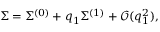
\Sigma = \Sigma ^ { ( 0 ) } + q _ { 1 } \Sigma ^ { ( 1 ) } + \mathcal { O } ( q _ { 1 } ^ { 2 } ) , ~ ~ ~ ~ ~ ~ ~ ~ ~ ~ ~ ~ ~ ~